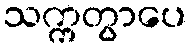
သက္ကတွာပေ